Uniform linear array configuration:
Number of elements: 64
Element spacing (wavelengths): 0.25
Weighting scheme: exponential
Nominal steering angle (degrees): -30
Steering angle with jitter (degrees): -31.975
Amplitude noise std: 0.05
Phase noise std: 0.05

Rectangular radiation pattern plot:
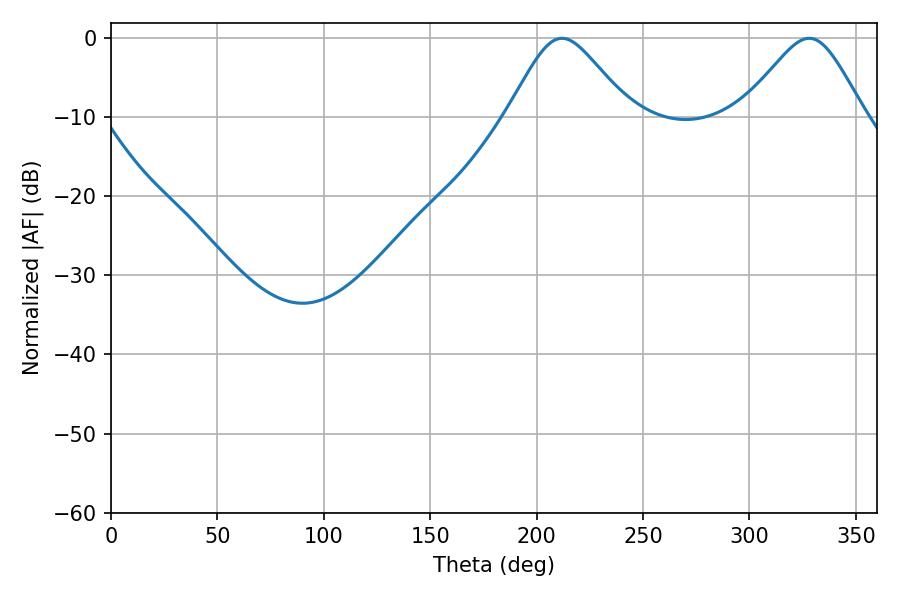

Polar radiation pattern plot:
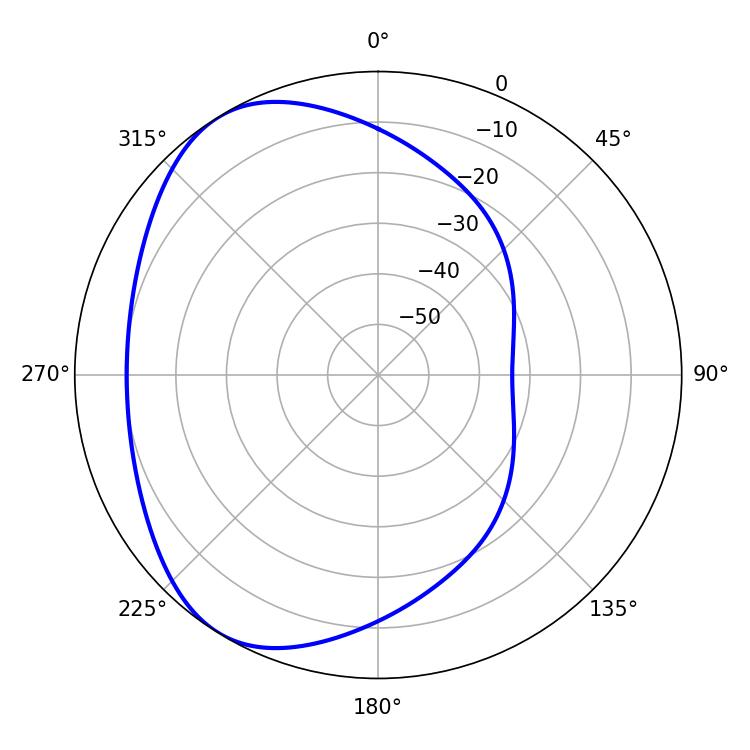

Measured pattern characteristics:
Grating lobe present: FALSE
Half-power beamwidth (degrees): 28.08
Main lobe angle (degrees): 211.86